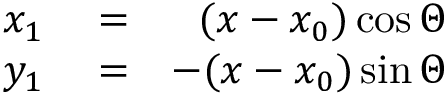
\begin{array} { r l r } { x _ { 1 } } & { { } = } & { ( x - x _ { 0 } ) \cos \Theta } \\ { y _ { 1 } } & { { } = } & { - ( x - x _ { 0 } ) \sin \Theta } \end{array}